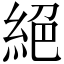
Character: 絕